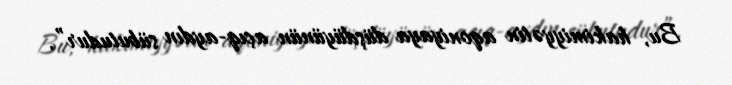
Bu, hakimiyyətin aqoniyaya düşdüyünün açıq-aydın sübutudur”.